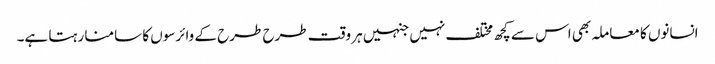
انسانوں کا معاملہ بھی اس سے کچھ مختلف نہیں جنہیں ہر وقت طرح طرح کے وائرسوں کا سامنا رہتا ہے۔